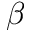
\beta